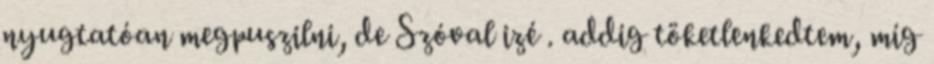
nyugtatóan megpuszilni, de Szóval izé . addig töketlenkedtem, míg